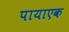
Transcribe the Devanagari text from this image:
पायाएक